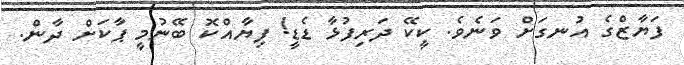
ފަޔާޒްގެ އުނގަށް ވަނެވެ. ކީކޭ ދަރިފުޅާ ޑެޑީ! ފިޔާއްކޮ ބޭނުމީ ޕާކަށް ދާން.